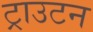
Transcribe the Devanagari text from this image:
ट्राउटन